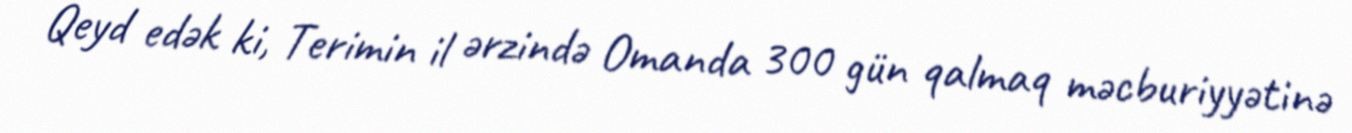
Qeyd edək ki, Terimin il ərzində Omanda 300 gün qalmaq məcburiyyətinə